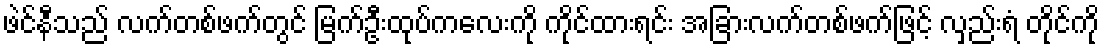
ဖဲင်နီသည် လက်တစ်ဖက်တွင် မြက်ဦးထုပ်ကလေးကို ကိုင်ထားရင်း အခြားလက်တစ်ဖက်ဖြင့် လှည်းရံ တိုင်ကို